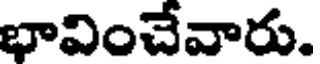
భావించేవారు.